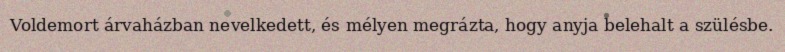
Voldemort árvaházban nevelkedett, és mélyen megrázta, hogy anyja belehalt a szülésbe.